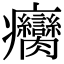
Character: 癵